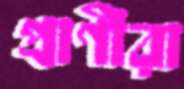
প্রাণীরা